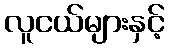
လူငယ်များနှင့်